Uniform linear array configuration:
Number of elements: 64
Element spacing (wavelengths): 1
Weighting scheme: hamming
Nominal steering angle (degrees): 60
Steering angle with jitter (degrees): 58.307
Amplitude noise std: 0.05
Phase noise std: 0.05

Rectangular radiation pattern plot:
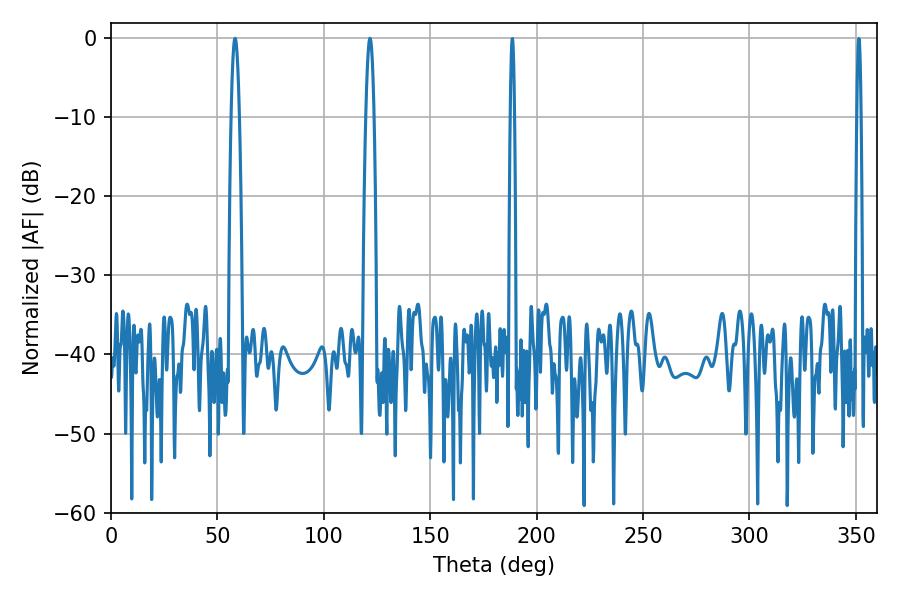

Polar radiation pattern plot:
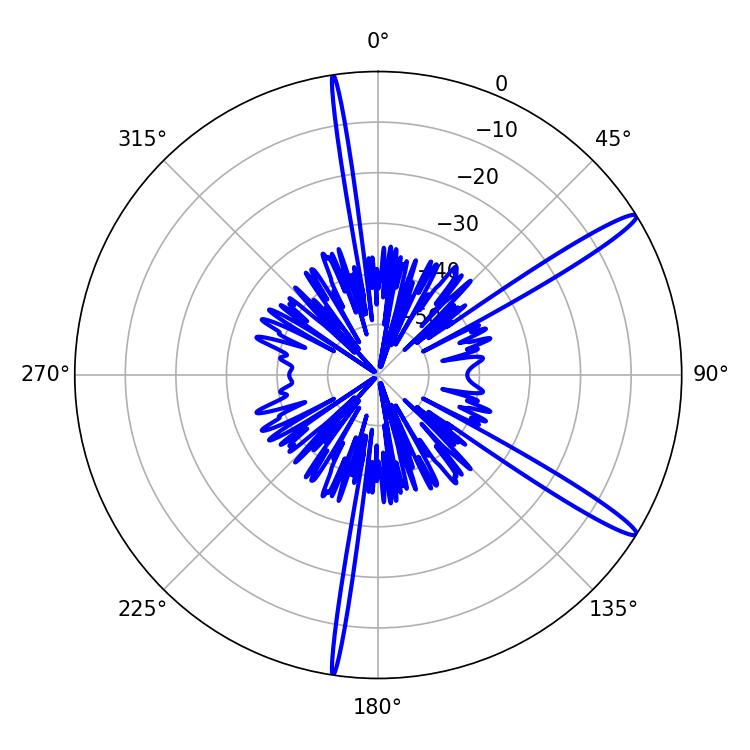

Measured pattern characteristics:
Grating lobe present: TRUE
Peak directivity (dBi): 15.008
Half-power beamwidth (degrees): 2.16
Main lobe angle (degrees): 121.68